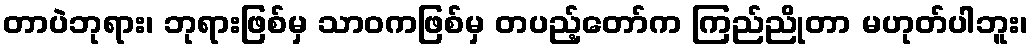
တာပဲဘုရား၊ ဘုရားဖြစ်မှ သာဝကဖြစ်မှ တပည့်တော်က ကြည်ညိုတာ မဟုတ်ပါဘူး၊